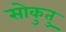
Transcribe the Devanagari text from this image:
सोकुतु